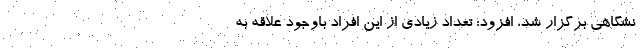
نشگاهی برگزار شد، افزود: تعداد زیادی از این افراد باوجود علاقه به